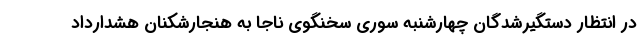
در انتظار دستگیرشدگان چهارشنبه سوری سخنگوی ناجا به هنجارشکنان هشدارداد